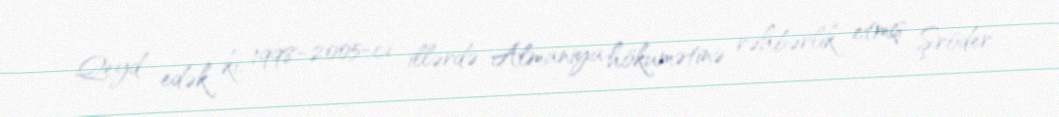
Qeyd edək ki, 1998-2005-ci illərdə Almaniya hökumətinə rəhbərlik etmiş Şröder